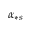
\alpha _ { \ast s }